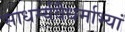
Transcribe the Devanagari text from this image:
साधर्म्यवैधर्माभ्यां